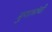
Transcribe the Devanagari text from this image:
मुगलांची